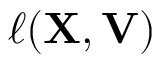
\ensuremath { \ell } ( { \mathbf { { X } } } , { \mathbf { { V } } } )